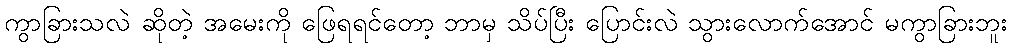
ကွာခြားသလဲ ဆိုတဲ့ အမေးကို ဖြေရရင်တော့ ဘာမှ သိပ်ပြီး ပြောင်းလဲ သွားလောက်အောင် မကွာခြားဘူး